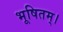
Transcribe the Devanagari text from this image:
भूषितम्।